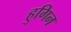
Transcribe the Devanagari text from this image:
हुगिन